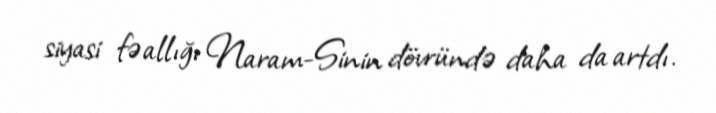
siyasi fəallığı Naram-Sinin dövründə daha da artdı.